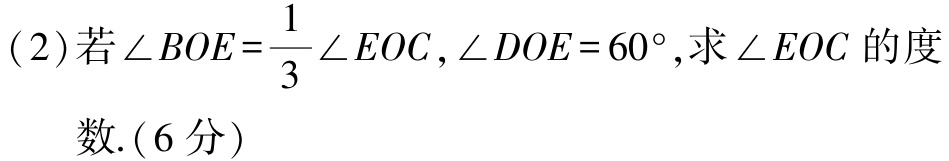
(2)若$\angle BOE = \dfrac{1}{3}\angle EOC,\angle DOE = 60^{\circ}$,求$\angle EOC$的度

数.(6分)